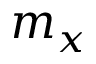
m _ { x }